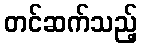
တင်ဆက်သည့်